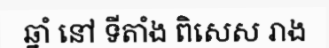
ឆ្នាំ នៅ ទីតាំង ពិសេស រាង